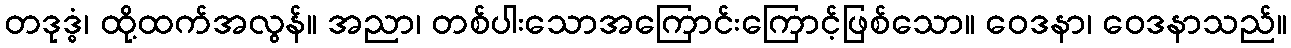
တဒုဒ္ဓံ၊ ထို့ထက်အလွန်။ အညာ၊ တစ်ပါးသောအကြောင်းကြောင့်ဖြစ်သော။ ဝေဒနာ၊ ဝေဒနာသည်။